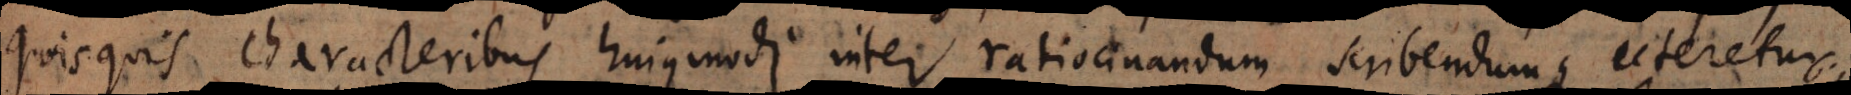
quisquis characteribus hujusmodi inter ratiocinandum scribendumque uteretur,